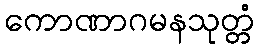
ကောဏာဂမနသုတ္တံ